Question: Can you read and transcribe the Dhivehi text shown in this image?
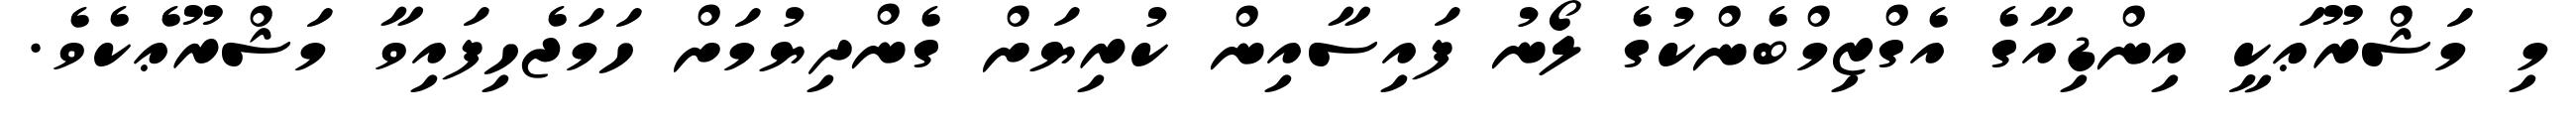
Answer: މި މަޝްރޫޢަކީ އިންޑިއާގެ އެގްޒިމްބެންކުގެ ލޯނު ފައިސާއިން ކުރިޔަށް ގެންދިޔުމަށް ހަމަޖެހިފައިވާ މަޝްރޫޢެކެވެ.